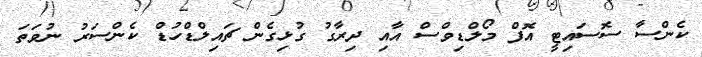
ކެންސާ ސޮސައިޓީ އޮފް މޯލްޑިވްސް އާއި ދިރާގު ގުޅިގެން ޗައިލްޑްހުޑް ކެންސަރު ނުވަތަ